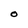
Character: O